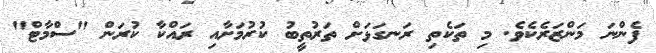
ފެންނަ މަންޒަރެކެވެ. މި ތަކެތި ރަނގަޅަށް ތަރުތީބު ކުރުމަށާއި ރައްކާ ކުރަން "ސްމާޓް"